Indian Civil Veterinary Department memoirs
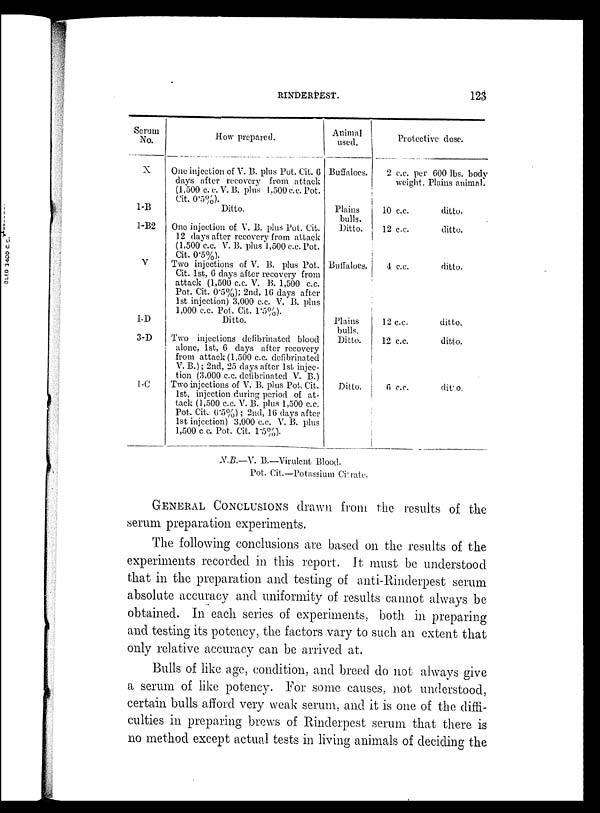
RINDERPEST.
123
Serum
No.
X
1-B
1-B2
V
1-D
3-D
1-C
How prepared.
One injection of V. B. plus Pot. Cit. 6
days after recovery from attack
(1,500 c. c. V. B. plus 1.500 c.c. Pot.
Cit. 0.5%).
Ditto.
One injection of V. B. plus Pot. Cit.
12 days after recovery from attack
(1,500 c.c. V. B. plus 1,500 c.c. Pot.
Cit. 0.5%).
Two injections of V. B. plus Pot.
Cit. 1st, 6 days after recovery from
attack (1,500 c.c. V. B. 1,500 c.c.
Pot. Cit. 0.5%); 2nd, 16 days after
1st injection) 3,000 c.c. V. B. plus
1,000 c.c. Pot. Cit. 1.5%).
Ditto.
Two injections defibrinated blood
alone, 1st, 6 days after recovery
from attack (1,500 c.c. defibrinated
V. B.); 2nd, 25 days after 1st injec-
tion (3,000 c.c. defibrinated V. B.)
Two injections of V. B. plus Pot, Cit.
1st, injection during period of at-
tack (1,500 c.c. V. B. plus 1,500 c.c.
Pot, Cit. 0.5%); 2nd, 16 days after
1st injection) 3,000 c.c. V. B. plus
1,500 cc. Pot. Cit. 1.5%).
Animal
used.
Buffaloes.
Plains
bulls.
Ditto.
Buffaloes.
Plains
bulls.
Ditto.
Ditto.
Protective close.
2 c.c. per
weight.
10 c.c.
12 c.c.
4 c.c.
12 c.c.
12 c.c.
6 c.c.
600 lbs. body
Plains animal.
ditto.
ditto.
ditto.
ditto.
ditto.
ditto.
N.B.—V. B.—Virulent Blood.
Pot. Cit.—Potassium Citrate.
GENERAL CONCLUSIONS drawn from the results of the
serum preparation experiments.
The following conclusions are based on the results of the
experiments recorded in this report. It must be understood
that in the preparation and testing of anti-Rinderpest serum
absolute accuracy and uniformity of results cannot always be
obtained. In each series of experiments, both in preparing
and testing its potency, the factors vary to such an extent that
only relative accuracy can be arrived at.
Bulls of like age, condition, and breed do not always give
a serum of like potency. For some causes, not understood,
certain bulls afford very weak serum, and it is one of the diffi-
culties in preparing brews of Rinderpest serum that there is
no method except actual tests in living animals of deciding the